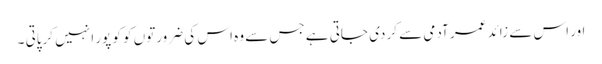
اور اس سے زائد عمر آدمی سے کر دی جاتی ہے جس سے وہ اس کی ضرورتوں کو کو پور ا نہیں کرپاتی ۔